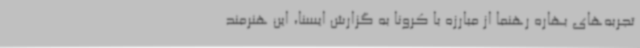
تجربه‌های بهاره رهنما از مبارزه با کرونا به گزارش ایسنا، این هنرمند